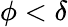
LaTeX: \phi<\delta